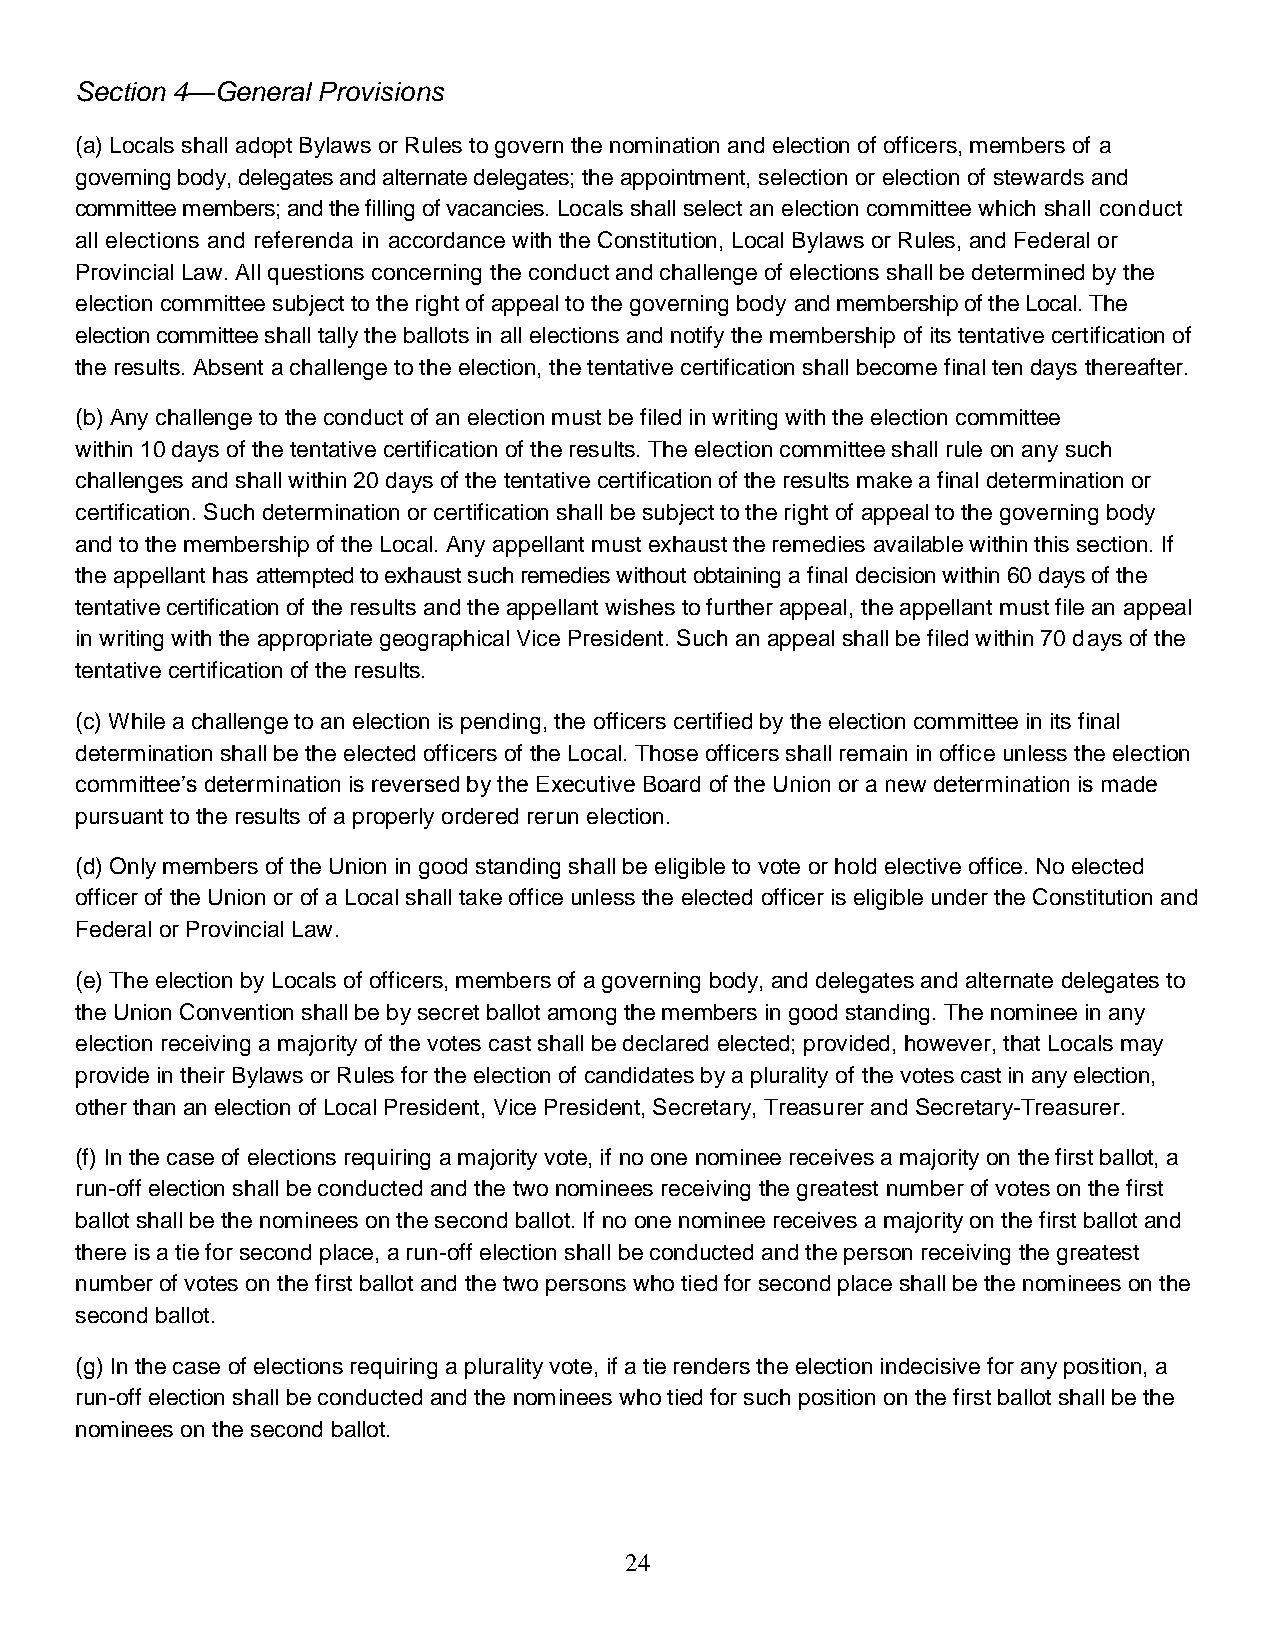
Section 4—General Provisions
 (a) Locals shall adopt Bylaws or Rules to govern the nomination and election of officers, members of a
 governing body, delegates and alternate delegates; the appointment, selection or election of stewards and
 committee members; and the filling of vacancies. Locals shall select an election committee which shall conduct
 all elections and referenda in accordance with the Constitution, Local Bylaws or Rules, and Federal or
 Provincial Law. All questions concerning the conduct and challenge of elections shall be determined by the
 election committee subject to the right of appeal to the governing body and membership of the Local. The
 election committee shall tally the ballots in all elections and notify the membership of its tentative certification of
 the results. Absent a challenge to the election, the tentative certification shall become final ten days thereafter.
 (b) Any challenge to the conduct of an election must be filed in writing with the election committee
 within 10 days of the tentative certification of the results. The election committee shall rule on any such
 challenges and shall within 20 days of the tentative certification of the results make a final determination or
 certification. Such determination or certification shall be subject to the right of appeal to the governing body
 and to the membership of the Local. Any appellant must exhaust the remedies available within this section. If
 the appellant has attempted to exhaust such remedies without obtaining a final decision within 60 days of the
 tentative certification of the results and the appellant wishes to further appeal, the appellant must file an appeal
 in writing with the appropriate geographical Vice President. Such an appeal shall be filed within 70 days of the
 tentative certification of the results.
 (c) While a challenge to an election is pending, the officers certified by the election committee in its final
 determination shall be the elected officers of the Local. Those officers shall remain in office unless the election
 committee’s determination is reversed by the Executive Board of the Union or a new determination is made
 pursuant to the results of a properly ordered rerun election.
 (d) Only members of the Union in good standing shall be eligible to vote or hold elective office. No elected
 officer of the Union or of a Local shall take office unless the elected officer is eligible under the Constitution and
 Federal or Provincial Law.
 (e) The election by Locals of officers, members of a governing body, and delegates and alternate delegates to
 the Union Convention shall be by secret ballot among the members in good standing. The nominee in any
 election receiving a majority of the votes cast shall be declared elected; provided, however, that Locals may
 provide in their Bylaws or Rules for the election of candidates by a plurality of the votes cast in any election,
 other than an election of Local President, Vice President, Secretary, Treasurer and Secretary-Treasurer.
 (f) In the case of elections requiring a majority vote, if no one nominee receives a majority on the first ballot, a
 run-off election shall be conducted and the two nominees receiving the greatest number of votes on the first
 ballot shall be the nominees on the second ballot. If no one nominee receives a majority on the first ballot and
 there is a tie for second place, a run-off election shall be conducted and the person receiving the greatest
 number of votes on the first ballot and the two persons who tied for second place shall be the nominees on the
 second ballot.
 (g) In the case of elections requiring a plurality vote, if a tie renders the election indecisive for any position, a
 run-off election shall be conducted and the nominees who tied for such position on the first ballot shall be the
 nominees on the second ballot.
 24